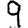
Digit: 9